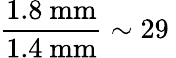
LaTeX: \frac{1.8\ \mathrm{mm}}{1.4\ \mathrm{mm}}\sim 29\